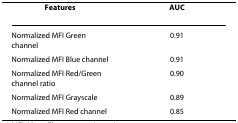
<table><thead><tr><td><b>Features</b></td><td><b>AUC</b></td></tr></thead><tbody><tr><td>Normalized MFI Green channel</td><td>0.91</td></tr><tr><td>Normalized MFI Blue channel</td><td>0.91</td></tr><tr><td>Normalized MFI Red/Green channel ratio</td><td>0.90</td></tr><tr><td>Normalized MFI Grayscale</td><td>0.89</td></tr><tr><td>Normalized MFI Red channel</td><td>0.85</td></tr></tbody></table>